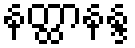
နတ္ထာနန္ဒ